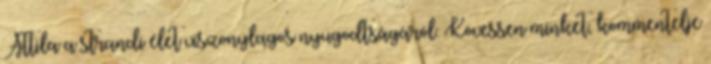
Attila a strandi élet viszonylagos nyugodtságáról. Kövessen minket, kommentelje